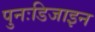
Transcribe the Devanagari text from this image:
पुनःडिजाइन